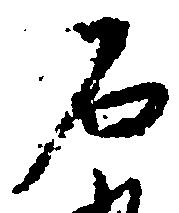
石